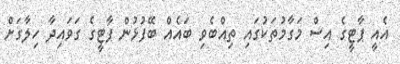
އެއީ ޕާޓީގެ އިސް މަގާމުތަކުގައި ތިއްބެވި ބައެއް ބޭފުޅުން ޕާޓީގެ ގަވައިދާ ހިލާގަށް